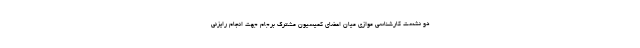
دو نشست کارشناسی موازی میان اعضای کمیسیون مشترک برجام جهت انجام رایزنی